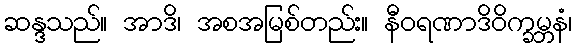
ဆန္ဒသည်။ အာဒိ၊ အစအမြစ်တည်း။ နီဝရဏာဒိဝိက္ခမ္ဘနံ၊